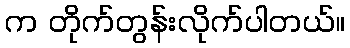
က တိုက်တွန်းလိုက်ပါတယ်။